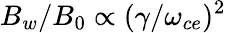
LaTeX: B_{w}/B_{0}\propto(\gamma/\omega_{ce})^{2}